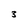
Character: 3